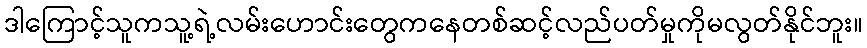
ဒါကြောင့်သူကသူ့ရဲ့လမ်းဟောင်းတွေကနေတစ်ဆင့်လည်ပတ်မှုကိုမလွတ်နိုင်ဘူး။